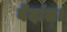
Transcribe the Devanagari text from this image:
वेदांत।